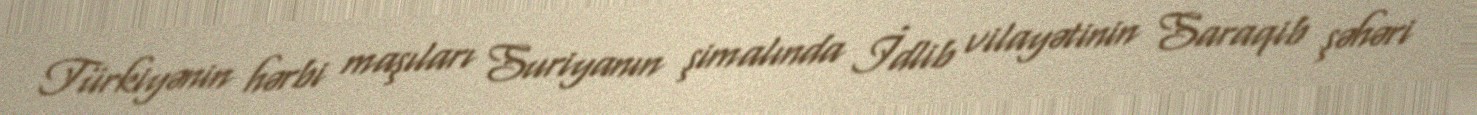
Türkiyənin hərbi maşıları Suriyanın şimalında İdlib vilayətinin Saraqib şəhəri